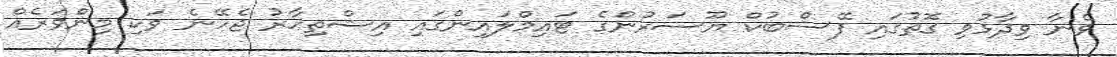
ވެނާ ވިދާޅުވި ގޮތުގައި ފޭސްބުކް ޔޫސަރުންގެ ޓައިމްލައިންގައި އިޝްތިހާރު ޖެހޭނެ ވަކި މިންވަރެއް